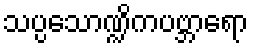
သပ္ပသောဏ္ဍိကပဗ္ဘာရော